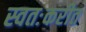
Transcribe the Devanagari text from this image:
स्वतःकरीत